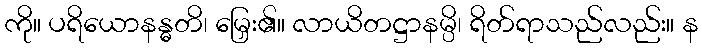
ကို။ ပရိယောနန္ဓတိ၊ မြှေး၏။ လာယိတဋ္ဌာနမ္ပိ၊ ရိတ်ရာသည်လည်း။ န